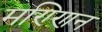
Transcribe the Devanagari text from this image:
मण्णिन